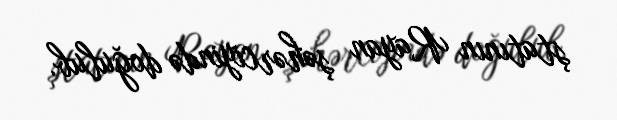
ştatının Rayan şəhərciyində doğulub.